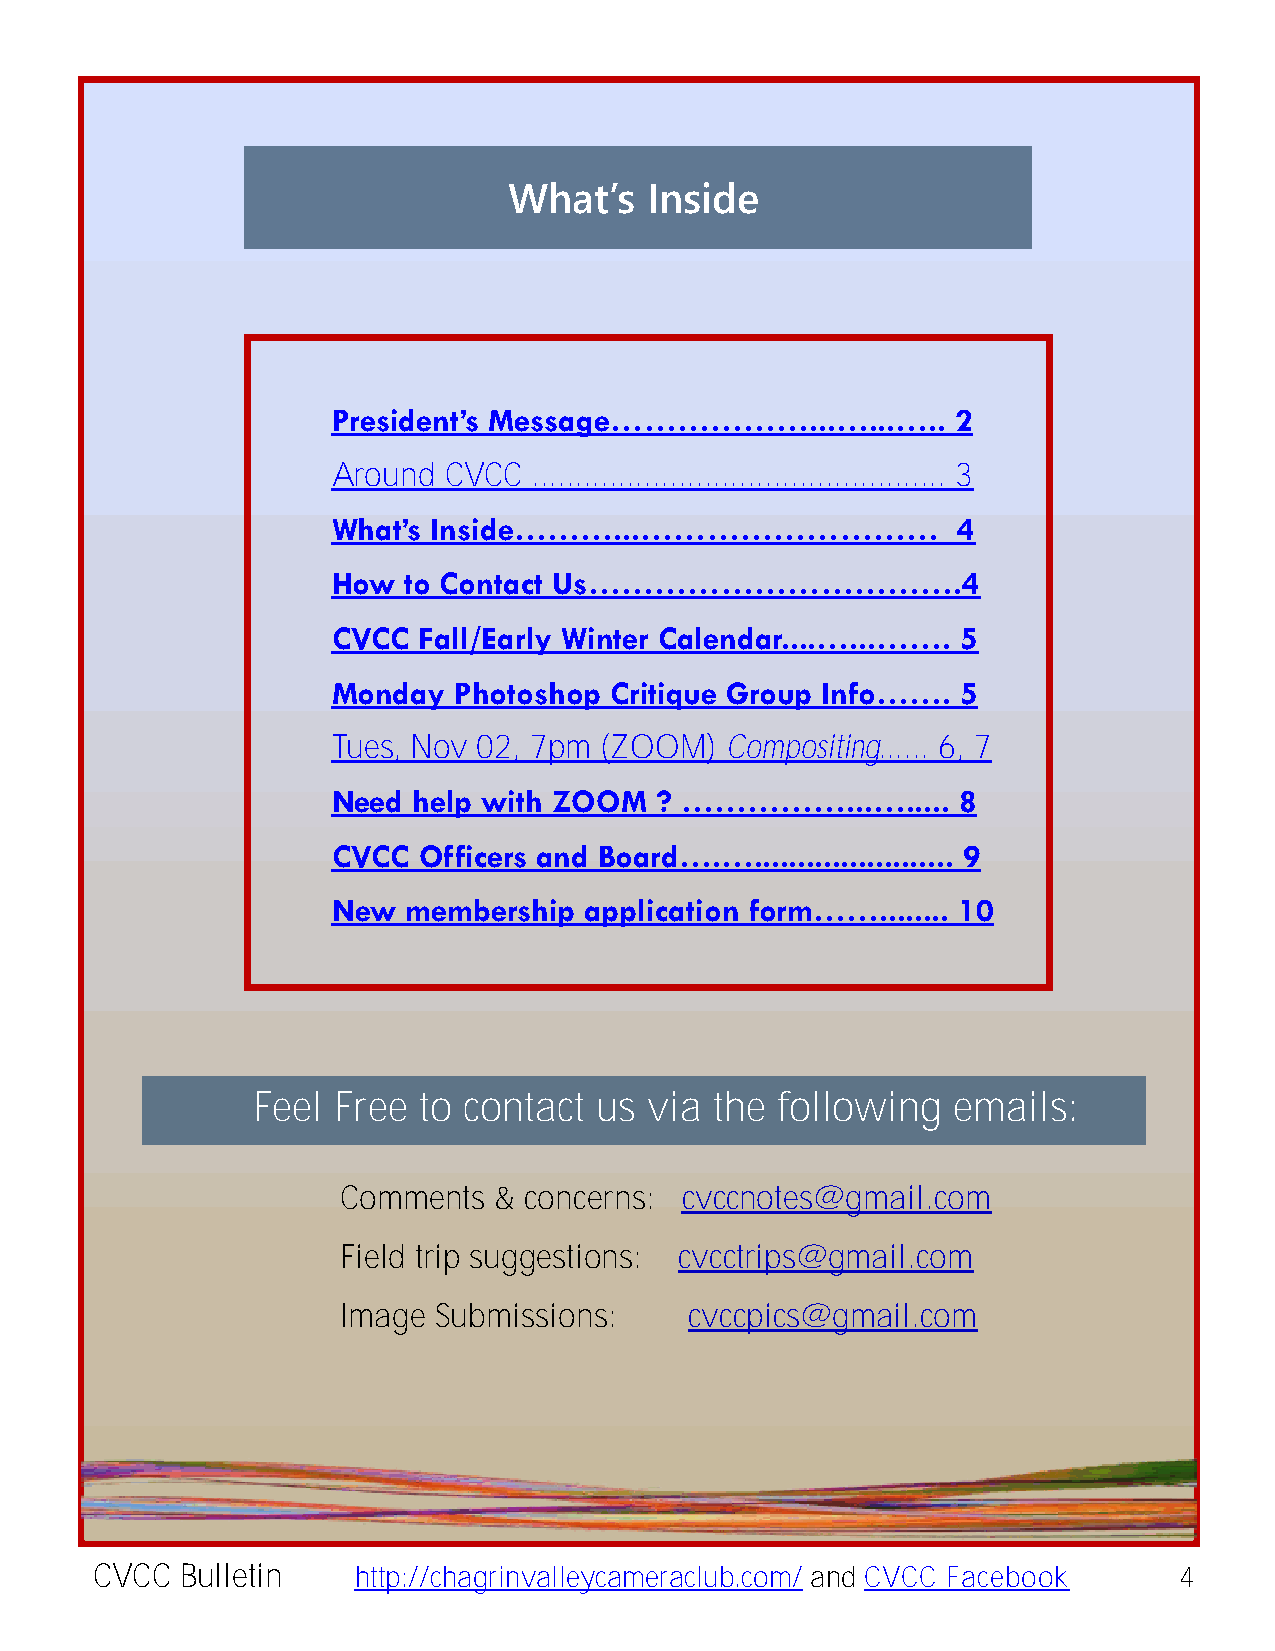
What’s   Inside
 President’s Message
 President’s Message………………...…...…..      2
 Around CVCC  ................................................ 3
 What’s Inside………...………………………             4
 How  to Contact Us…………………………….4
 CVCC  Fall/Early Winter Calendar....…...……. 5
 Monday  Photoshop Critique Group Info…….  5
 Tues, Nov 02, 7pm (ZOOM)  Compositing...... 6, 7
 Need help with ZOOM  ? ……………...….....    8
 CVCC  Officers and Board….…....................... 9
 New  membership  application form……........ 10
 Feel Free  to contact us  via the following   emails:
 Comments  & concerns: cvccnotes@gmail.com
 Field trip suggestions: cvcctrips@gmail.com
 Image SubmissMioanrisn:a N e y mcvacnc pics@gmail.com
 CVCC President
 2019-2020 Program Year
 CVCC  Bulletin   http://chagrinvalleycameraclub.com/ and CVCC Facebook  4